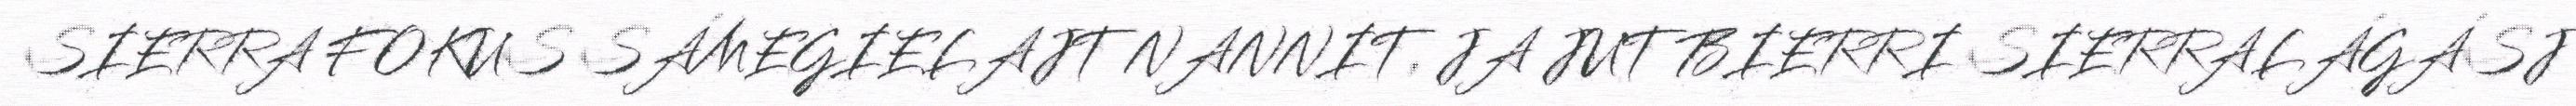
SIERRA FOKUS SÁMEGIELAJT NANNIT, JA JUT BIERRI SIERRALÁGÁSJ